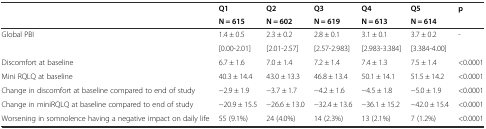
| <ROWSPAN=2>  | Q1 | Q2 | Q3 | Q4 | Q5 | <ROWSPAN=2> p |
 | N = 615 | N = 602 | N = 619 | N = 613 | N = 614 |
 | --- | --- | --- | --- | --- | --- | --- |
 | <ROWSPAN=2> Global PBI | 1.4 ± 0.5 | 2.3 ± 0.2 | 2.8 ± 0.1 | 3.1 ± 0.1 | 3.7 ± 0.2 | <ROWSPAN=2> - |
 | [0.00-2.01] | [2.01-2.57] | [2.57-2.983] | [2.983-3.384] | [3.384-4.00] |
 | Discomfort at baseline | 6.7 ± 1.6 | 7.0 ± 1.4 | 7.2 ± 1.4 | 7.4 ± 1.3 | 7.5 ± 1.4 | <0.0001 |
 | Mini RQLQ at baseline | 40.3 ± 14.4 | 43.0 ± 13.3 | 46.8 ± 13.4 | 50.1 ± 14.1 | 51.5 ± 14.2 | <0.0001 |
 | Change in discomfort at baseline compared to end of study | −2.9 ± 1.9 | −3.7 ± 1.7 | −4.2 ± 1.6 | −4.5 ± 1.8 | −5.0 ± 1.9 | <0.0001 |
 | Change in miniRQLQ at baseline compared to end of study | −20.9 ± 15.5 | −26.6 ± 13.0 | −32.4 ± 13.6 | −36.1 ± 15.2 | −42.0 ± 15.4 | <0.0001 |
 | Worsening in somnolence having a negative impact on daily life | 55 (9.1%) | 24 (4.0%) | 14 (2.3%) | 13 (2.1%) | 7 (1.2%) | <0.0001 |